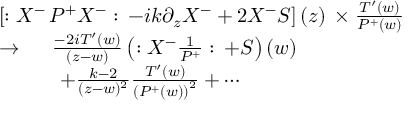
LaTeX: \begin{array} { l } { { \left[ : X ^ { - } \, P ^ { + } X ^ { - } : \, - i k \partial _ { z } X ^ { - } + 2 X ^ { - } S \right] ( z ) \, \times \frac { T ^ { \prime } ( w ) } { P ^ { + } ( w ) } } } \\ { { \rightarrow \, \quad \, \frac { - 2 i T ^ { \prime } ( w ) } { \left( z - w \right) } \left( : X ^ { - } \frac 1 { P ^ { + } } : \, + S \right) ( w ) } } \\ { { \quad \quad \quad + \frac { k - 2 } { ( z - w ) ^ { 2 } } \frac { T ^ { \prime } ( w ) } { \left( P ^ { + } ( w ) \right) ^ { 2 } } + \cdots } } \end{array}